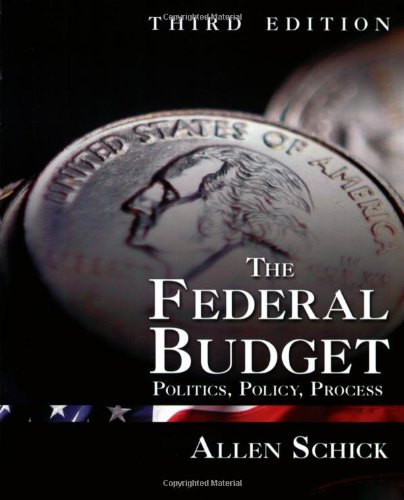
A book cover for The Federal Budget: Politics, Policy, Process; Allen Schick; Business & Money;